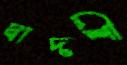
দ্বাদশী